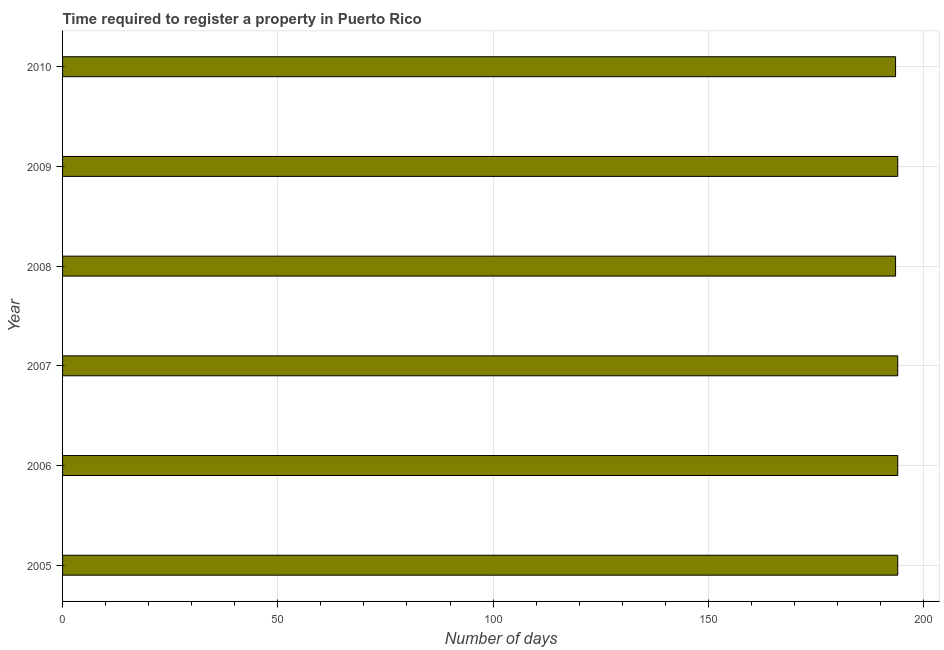
| Year | Register property |
 | --- | --- |
 | 2005 | 194 |
 | 2006 | 194 |
 | 2007 | 194 |
 | 2008 | 194 |
 | 2009 | 194 |
 | 2010 | 194 |